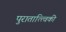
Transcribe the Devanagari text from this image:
पुरातात्त्विकी